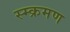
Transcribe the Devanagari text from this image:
स्म्क्रमण